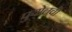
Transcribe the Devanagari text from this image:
पुयोलची